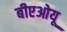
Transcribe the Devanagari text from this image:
बीएओयू